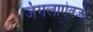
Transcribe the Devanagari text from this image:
जंगलाऐवजी